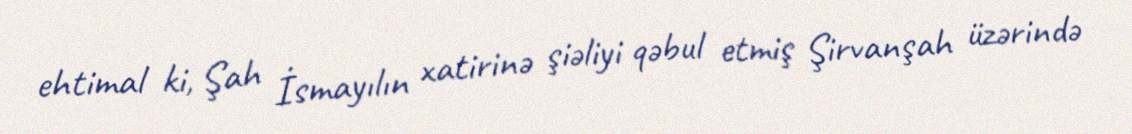
ehtimal ki, Şah İsmayılın xatirinə şiəliyi qəbul etmiş Şirvanşah üzərində